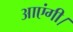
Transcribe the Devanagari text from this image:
आएंगी।